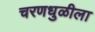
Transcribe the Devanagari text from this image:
चरणधुळीला